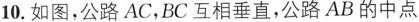
10.如图，公路AC，BC互相垂直，公路AB的中点